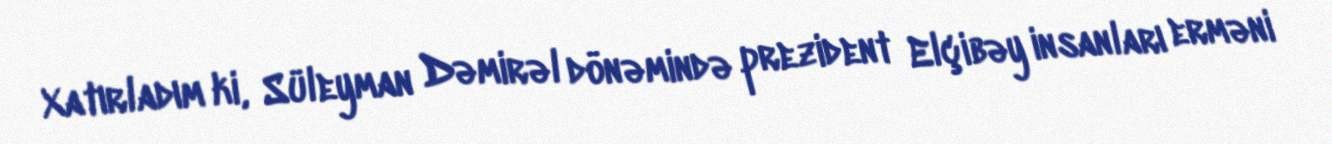
Xatırladım ki, Süleyman Dəmirəl dönəmində prezident Elçibəy insanları erməni